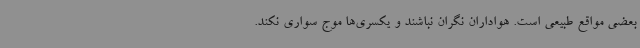
بعضی مواقع طبیعی است. هواداران نگران نباشند و یکسری‌ها موج سواری نکند.